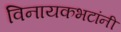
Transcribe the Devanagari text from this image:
विनायकभटांनी